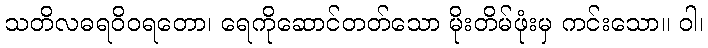
သတိလဓရဝိဝရတော၊ ရေကိုဆောင်တတ်သော မိုးတိမ်ဖုံးမှ ကင်းသော။ ဝါ၊